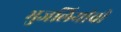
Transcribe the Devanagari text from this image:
भुजलियांची